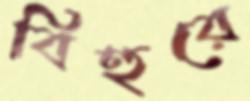
বিহুরে